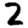
Digit: 2